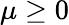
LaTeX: \mu\geq 0